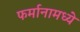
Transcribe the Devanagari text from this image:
फर्मानामध्ये